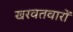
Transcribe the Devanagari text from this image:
खरवतवारों